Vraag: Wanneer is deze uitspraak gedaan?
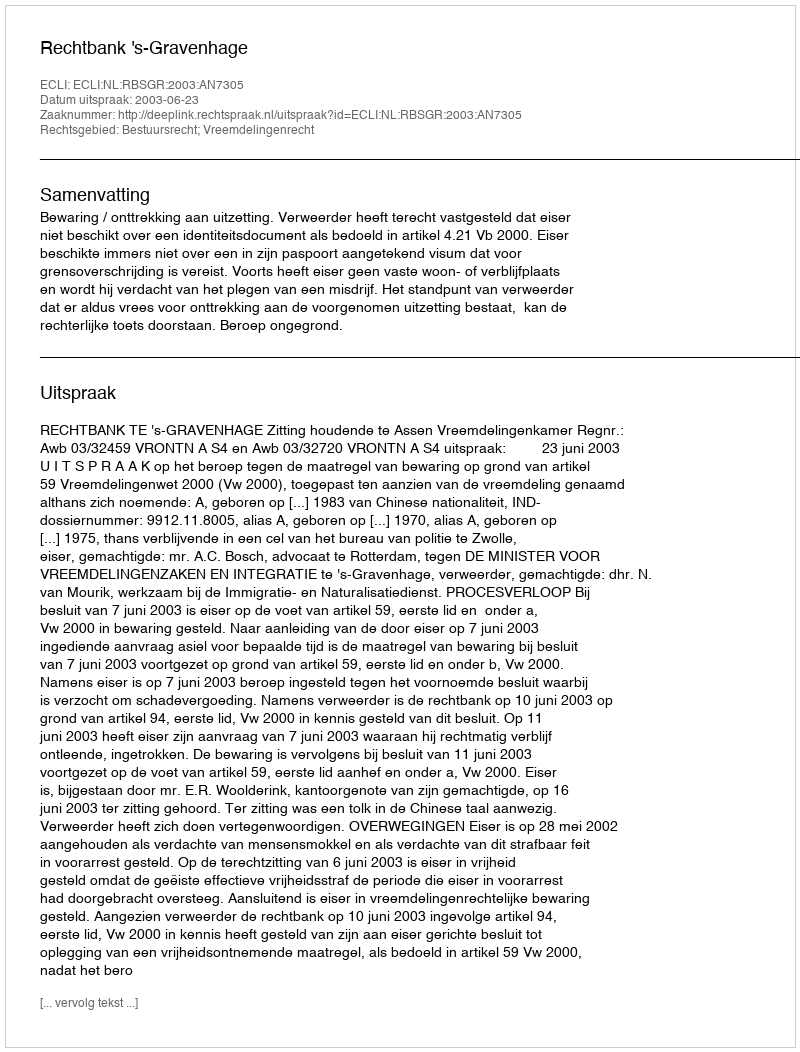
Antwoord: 2003-06-23